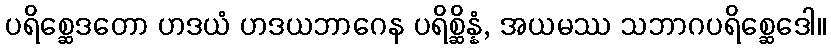
ပရိစ္ဆေဒတော ဟဒယံ ဟဒယဘာဂေန ပရိစ္ဆိန္နံ, အယမဿ သဘာဂပရိစ္ဆေဒေါ။